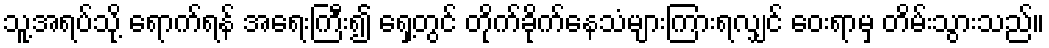
သူ့အရပ်သို့ ရောက်ရန် အရေးကြီး၍ ရှေ့တွင် တိုက်ခိုက်နေသံများကြားရလျှင် ဝေးရာမှ တိမ်းသွားသည်။